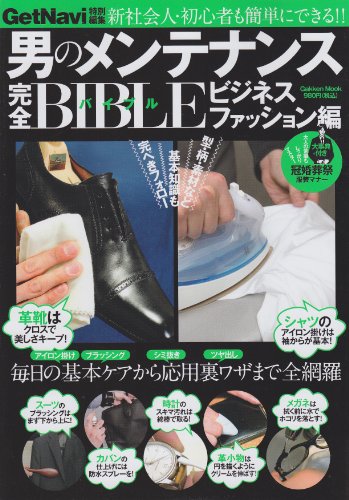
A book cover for Full maintenance BIBLE-business fashion hen man (Gakken Mook) ISBN: 4056059209 (2010) [Japanese Import]; Business & Money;